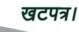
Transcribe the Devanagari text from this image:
खटपत्र।